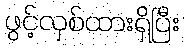
ဖွင့်လှစ်ထားရှိပြီး